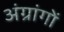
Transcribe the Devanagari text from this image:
अंग्रांगों